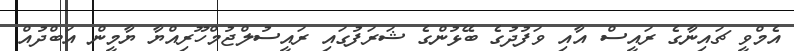
އެމްވީ ޗައިނާގެ ރައީސް އާއި ވަފުދުގެ ބޭޅުންގެ ޝަރަފުގައި ރައީސުލްޖުމްހޫރިއްޔާ ޔާމީން އަބްދުއް